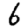
Digit: 6